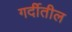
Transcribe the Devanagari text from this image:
गर्दीतील